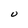
Character: U